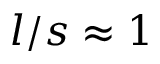
l / s \approx 1